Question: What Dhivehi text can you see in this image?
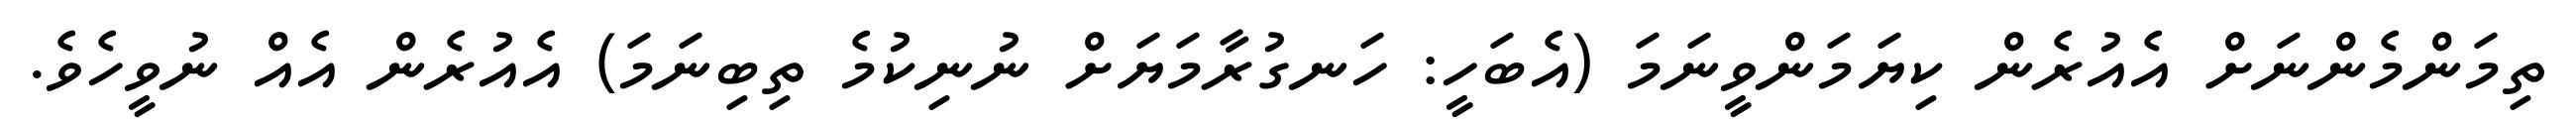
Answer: ތިމަންމެންނަށް އެއުރެން ކިޔަމަންވީނަމަ (އެބަހީ: ހަނގުރާމަޔަށް ނުނިކުމެ ތިބިނަމަ) އެއުރެން އެއް ނުވީހެވެ.